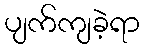
ပျက်ကျခဲ့ရာ